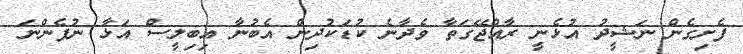
ފެށިގެން ނަޝީދު އުޅެނީ ރާއްޖޭގަތާ ވެދާނެ ކުޑަކުދިން އެބުނާ އިބިލީސް އަޅާ ނުފެންނަ